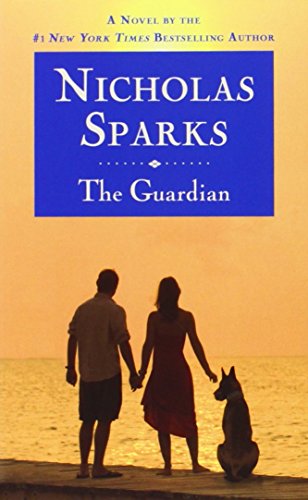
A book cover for The Guardian; Nicholas Sparks; Romance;